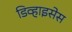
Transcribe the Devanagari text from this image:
डिव्हाइसेस